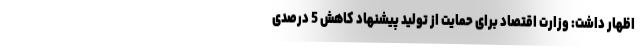
اظهار داشت: وزارت اقتصاد برای حمایت از تولید پیشنهاد کاهش 5 درصدی